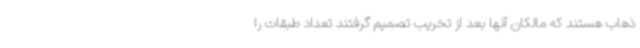
ذهاب هستند که مالکان آنها بعد از تخریب تصمیم گرفتند تعداد طبقات را